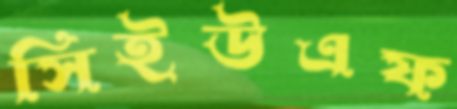
সিইউএফ